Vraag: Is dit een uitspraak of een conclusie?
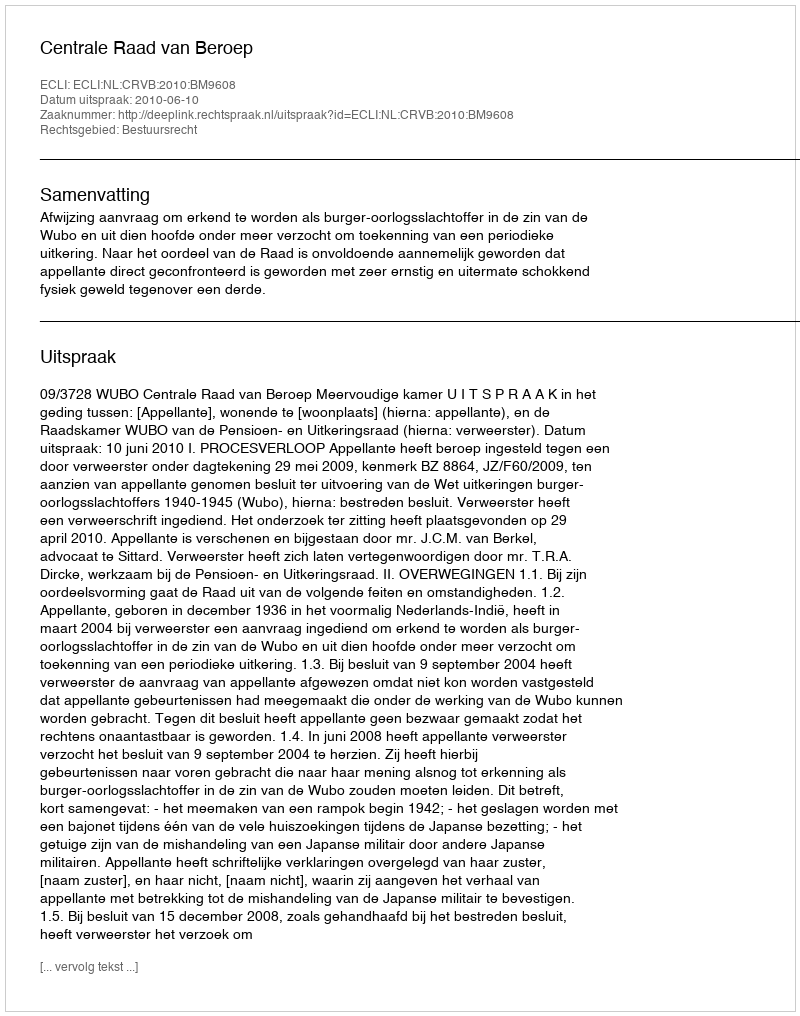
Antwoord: Uitspraak